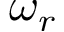
\omega _ { r }